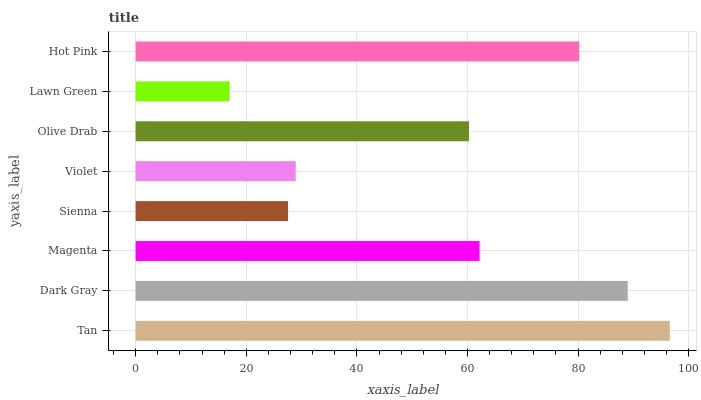
| yaxis_label | bars |
 | --- | --- |
 | Tan | 96.6 |
 | Dark Gray | 89 |
 | Magenta | 62.2 |
 | Sienna | 27.6 |
 | Violet | 28.9 |
 | Olive Drab | 60.3 |
 | Lawn Green | 17 |
 | Hot Pink | 80.2 |